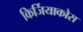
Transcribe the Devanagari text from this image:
किर्जियाकोस